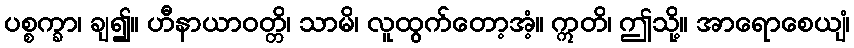
ပစ္စက္ခာ၊ ချ၍။ ဟီနာယာဝတ္တိ၊ သာမိ၊ လူထွက်တော့အံ့။ ဣတိ၊ ဤသို့။ အာရောစေယျံ၊